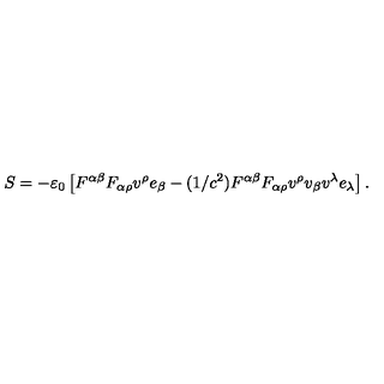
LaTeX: S = - \varepsilon _ { 0 } \left[ F ^ { \alpha \beta } F _ { \alpha \rho } v ^ { \rho } e _ { \beta } - ( 1 / c ^ { 2 } ) F ^ { \alpha \beta } F _ { \alpha \rho } v ^ { \rho } v _ { \beta } v ^ { \lambda } e _ { \lambda } \right] .